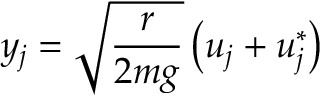
y _ { j } = \sqrt { \frac { r } { 2 m g } } \left( u _ { j } + u _ { j } ^ { * } \right)